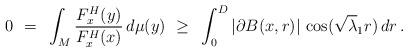
LaTeX: \begin{align*} 0~=~\int_M \frac{F^H_x(y)}{F^H_x(x)} \,d\mu(y)~\ge~\int_0^D |\partial B(x, r)|\, \cos(\sqrt\lambda_1 r) \,dr \, .\end{align*}